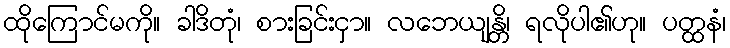
ထိုကြောင်မကို။ ခါဒိတုံ၊ စားခြင်းငှာ။ လဘေယျန္တိ၊ ရလိုပါ၏ဟု။ ပတ္ထနံ၊